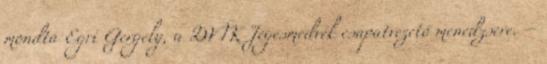
mondta Egri Gergely, a DVTK Jegesmedvék csapatvezető menedzsere. –